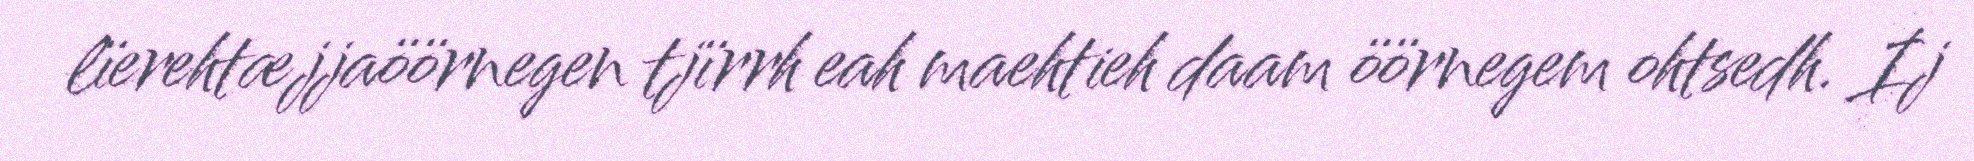
lïerehtæjjaöörnegen tjïrrh eah maehtieh daam öörnegem ohtsedh. Ij